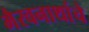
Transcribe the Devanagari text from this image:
भैरवनाथांचे